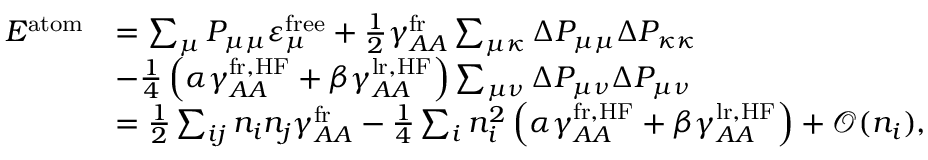
\begin{array} { r l } { E ^ { \mathrm { a t o m } } } & { = \sum _ { \mu } P _ { \mu \mu } \varepsilon _ { \mu } ^ { \mathrm { f r e e } } + \frac { 1 } { 2 } \gamma _ { A A } ^ { \mathrm { f r } } \sum _ { \mu \kappa } \Delta P _ { \mu \mu } \Delta P _ { \kappa \kappa } } \\ & { - \frac { 1 } { 4 } \left( \alpha \gamma _ { A A } ^ { \mathrm { f r , H F } } + \beta \gamma _ { A A } ^ { \mathrm { l r , H F } } \right) \sum _ { \mu \nu } \Delta P _ { \mu \nu } \Delta P _ { \mu \nu } } \\ & { = \frac { 1 } { 2 } \sum _ { i j } n _ { i } n _ { j } \gamma _ { A A } ^ { \mathrm { f r } } - \frac { 1 } { 4 } \sum _ { i } n _ { i } ^ { 2 } \left( \alpha \gamma _ { A A } ^ { \mathrm { f r , H F } } + \beta \gamma _ { A A } ^ { \mathrm { l r , H F } } \right) + \mathcal { O } ( n _ { i } ) , } \end{array}